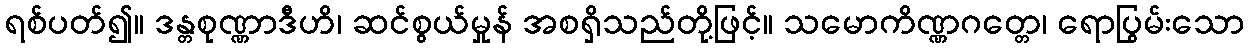
ရစ်ပတ်၍။ ဒန္တစုဏ္ဏာဒီဟိ၊ ဆင်စွယ်မှုန် အစရှိသည်တို့ဖြင့်။ သမောကိဏ္ဏဂတ္တေ၊ ရောပြွမ်းသော